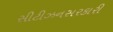
સીટીઝનસરકારી